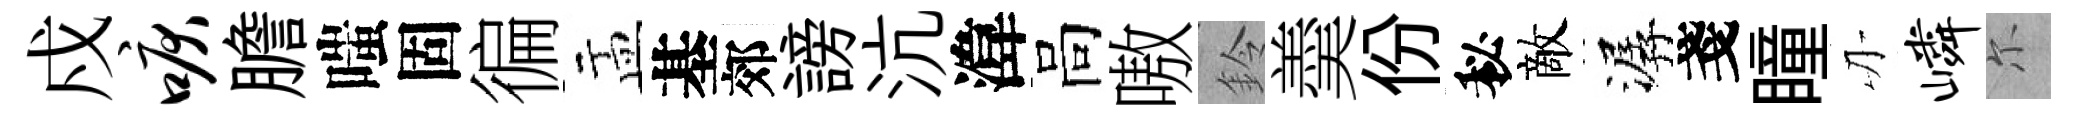
戍唳膽嗤固徧盂基郊謗沆湋高嗷鈴羮份秘敵潺戔瞳刃嶙尓